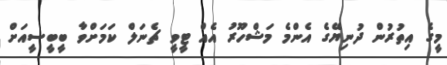
މީގެ އިތުރުން ދުނިޔޭގެ އެންމެ މަޝްހޫރު އެއް ޓީވީ ޗެނަލް ކަމަށްވާ ބީބީސީއަށް